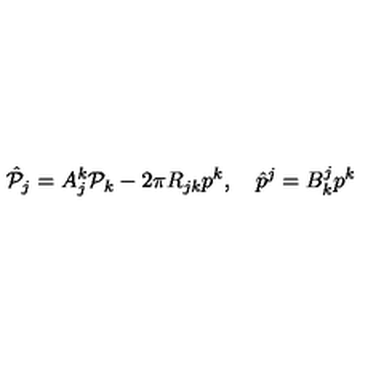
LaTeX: \hat { \cal P } _ { j } = A _ { j } ^ { k } { \cal P } _ { k } - 2 \pi R _ { j k } p ^ { k } , \quad \hat { p } ^ { j } = B _ { k } ^ { j } p ^ { k }